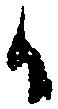
か